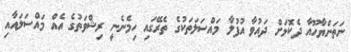
ނަތަންޔާހޫއާ ދެކޮޅަށް ދައުވާ އުފުލާ މައްސަލަތަކުގެ ތެރޭގައި ހިމެނެނީ ރިޝްވަތުގެ އެއް މައްސަލައާއި